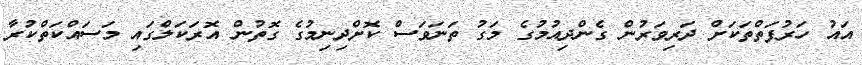
އައު ހަރުފަތްތަކަށް ދަރިވަރުން ގެންދިއުމުގެ މަގު ތަނަވަސް ކޮށްދިނިމުގެ ގޮތުން އޮރަކަލްގައި މަސައްކަތްކުރާ